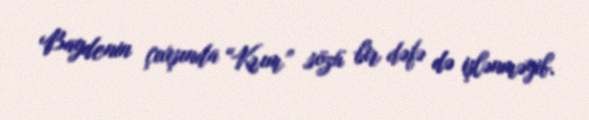
Baydenin çıxışında “Krım” sözü bir dəfə də işlənməyib.